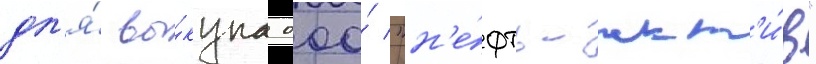
дл'я́ вы́купа ооо́ "н'е́фть-акт'и́в"